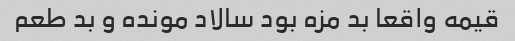
قیمه واقعا بد مزه بود سالاد مونده و بد طعم